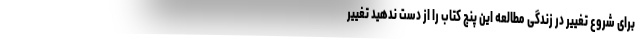
برای شروع تغییر در زندگی مطالعه این پنج کتاب را از دست ندهید تغییر